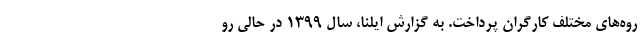
روه‌های مختلف کارگران پرداخت. به گزارش ایلنا، سال ۱۳۹۹ در حالی رو